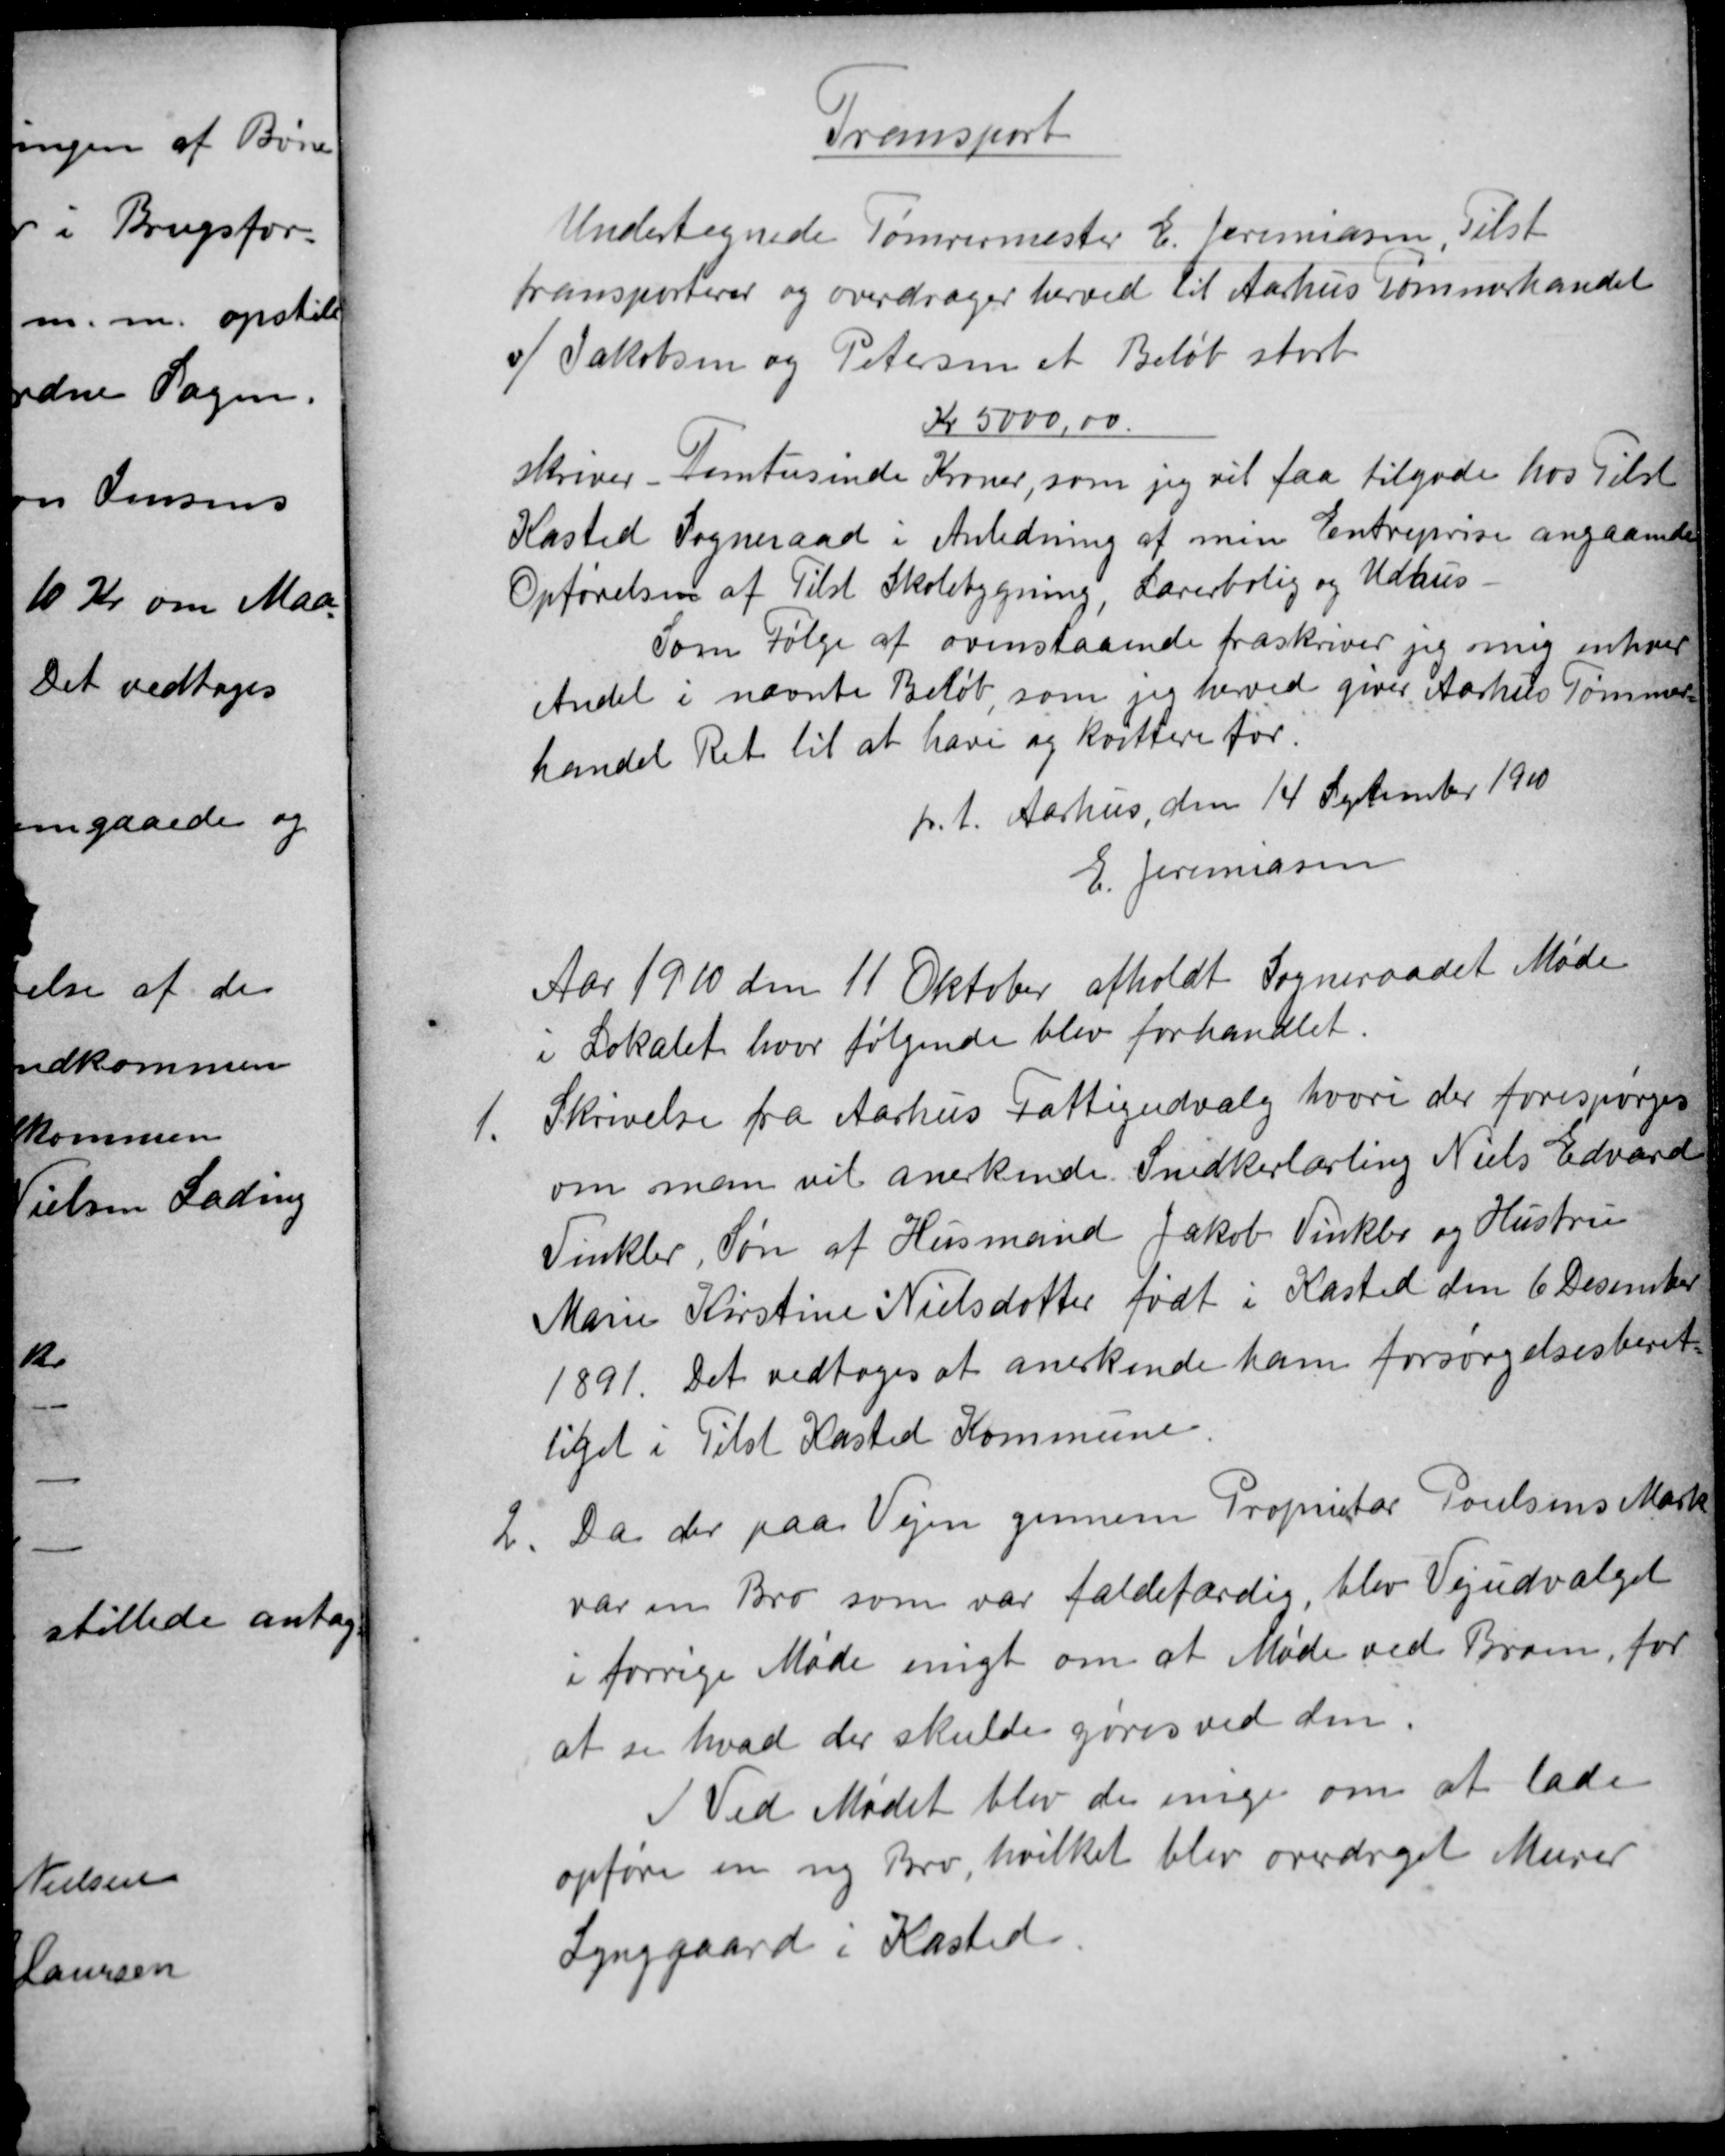
Transskription:
Transport
Undertegnede Tømrermester E. Jeremiasen, Tilst
transporterer og overdrager herved til Aarhus Tømmerhandel
v/ Jakobsen og Petersen et Beløb stort
Kr 5000,00
skriver - Femtusinde Kroner, som jeg vil faa tilgode hos Tilst
Kasted Sogneraad i Anledning af min Entreprise angaaende
Opførelsen af Tilst Skolebygning, Lærerbolig og Udhus
Som Følge af ovenstaaende fraskriver jeg mig enhver
Andel i nævnte Beløb, som jeg herved giver Aarhus Tømmer
handel Ret til at hæve og kvittere for.
p. t. Aarhus den 14 September 1910
E. Jeremiasen
Aar 1910 den 11 Oktober afholdt Sogneraadet Møde
i Lokalet hvor følgende blev forhandlet.
1.
Skrivelse fra Aarhus Fattigudvalg hvori der forespørges
om man vil anerkende Snedkerlærling Niels Edvard
Vinkler, Søn af Husmand Jakob Vinkler og Hustru
Marie Kirstine Nielsdotter født i Kasted den 6 Desember
1891. Det vedtoges at anerkende ham forsørgelsesberet
tiget i Tilst Kasted Kommune
2
Da der paa Vejen gennem Proprietær Poulsens Mark
var en Bro som var faldefærdig, blev Vejudvalget
i forrige Møde enigt om at Møde ved Broen, for
at se hvad der skulde gøres ved den.
Ved Mødet blev de enige om at lade
opføre en ny Bro, hvilket blev overdraget Murer
Lynggaard i Kasted.